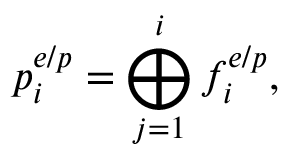
p _ { i } ^ { e / p } = \bigoplus _ { j = 1 } ^ { i } f _ { i } ^ { e / p } ,